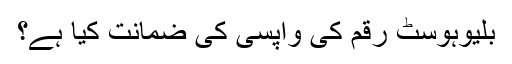
بلیوہوسٹ رقم کی واپسی کی ضمانت کیا ہے؟